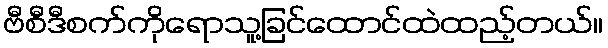
ဗီစီဒီစက်ကိုရောသူ့ခြင်ထောင်ထဲထည့်တယ်။